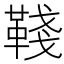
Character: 𩋋